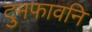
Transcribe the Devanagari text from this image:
दुमफावनि